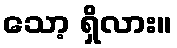
သော့ ရှိလား။